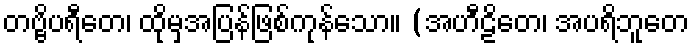
တဗ္ဗိပရီတေ၊ ထိုမှအပြန်ဖြစ်ကုန်သော။ (အဟီဠိတေ၊ အပရိဘူတေ